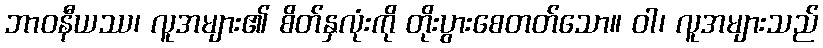
ဘာဝနီယဿ၊ လူအများ၏ စိတ်နှလုံးကို တိုးပွားစေတတ်သော။ ဝါ၊ လူအများသည်